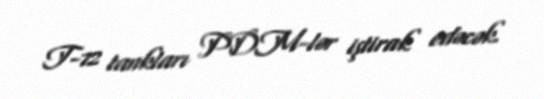
T-72 tankları PDM-lər iştirak edəcək.